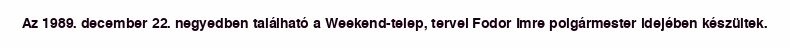
Az 1989. december 22. negyedben található a Weekend-telep, tervei Fodor Imre polgármester idejében készültek.